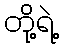
တို့ရဲ့